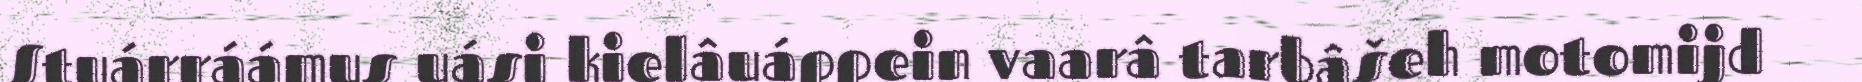
Stuárráámus uási kielâuáppein vaarâ tarbâšeh motomijd